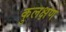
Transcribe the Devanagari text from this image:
कुलक्षण